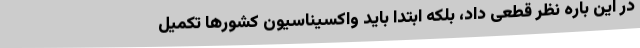
در این باره نظر قطعی داد، بلکه ابتدا باید واکسیناسیون کشورها تکمیل